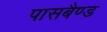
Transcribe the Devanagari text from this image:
पासबैण्ड